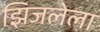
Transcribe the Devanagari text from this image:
झिजलेला